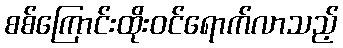
စစ်ကြောင်းထိုးဝင်ရောက်လာသည့်